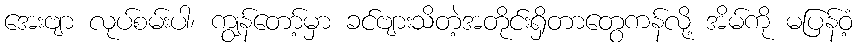
အေးဗျာ လုပ်စမ်းပါ၊ ကျွန်တော့်မှာ ခင်ဗျားသိတဲ့အတိုင်းရှိတာတွေကန်လို့ အိမ်ကို မပြန်ဝံ့